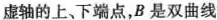
虚轴的上、下端点，B是双曲线